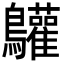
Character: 𪈩